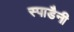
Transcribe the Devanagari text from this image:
स्पाडैनी